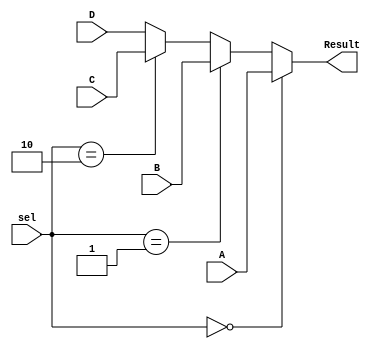
`timescale 1ns / 1ps

module MUX_2(
    input [31:0] A,
    input [31:0] B,
    input [31:0] C,
    input [31:0] D,
    input [1:0] sel,
    output reg [31:0]Result    
);

always @(A,B,C,D,sel) begin
    if(sel == 2'd0) Result = A;
    else if(sel == 2'd1) Result = B;
    else if (sel == 2'd2) Result = C;
    else Result = D;
end

endmodule